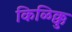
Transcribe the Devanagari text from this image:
किळिक्कु